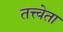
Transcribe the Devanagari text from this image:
तत्त्वेता